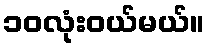
၁၀လုံးဝယ်မယ်။